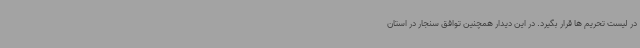
در لیست تحریم ها قرار بگیرد. در این دیدار همچنین توافق سنجار در استان